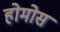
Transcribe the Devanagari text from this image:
होमोस